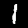
Digit: 1